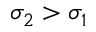
\sigma _ { 2 } > \sigma _ { 1 }